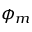
\phi _ { m }